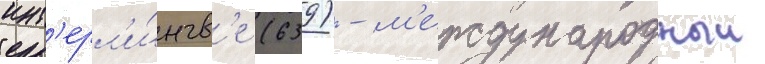
инт'ерл'и́нгв'е (639) - м'еждународныи